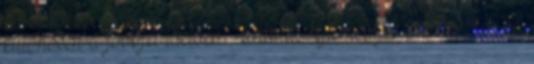
különösen a jövőjét illetően – drámai fejlemények következtek be.